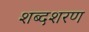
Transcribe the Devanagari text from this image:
शब्दशरण